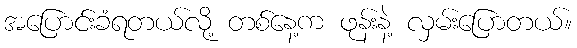
အပြောင်းခံရတယ်လို့ တစ်နေ့က ဖုန်းနဲ့ လှမ်းပြောတယ်။